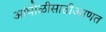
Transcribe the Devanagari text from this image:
आंघोळीसाठीआणत